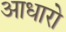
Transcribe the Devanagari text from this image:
आधारो